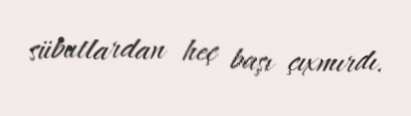
sübutlardan heç başı çıxmırdı.